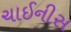
ચાઈનીસ